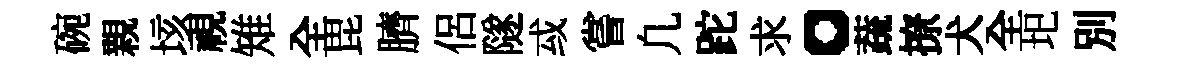
碗親垓視雉全毘臍侶隧㦯嘗凢跎求。蔬撩犬全圯別